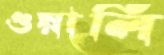
গুয়ালি